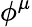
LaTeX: \phi^{\mu}